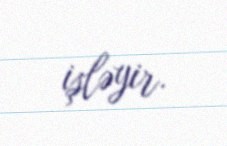
işləyir.